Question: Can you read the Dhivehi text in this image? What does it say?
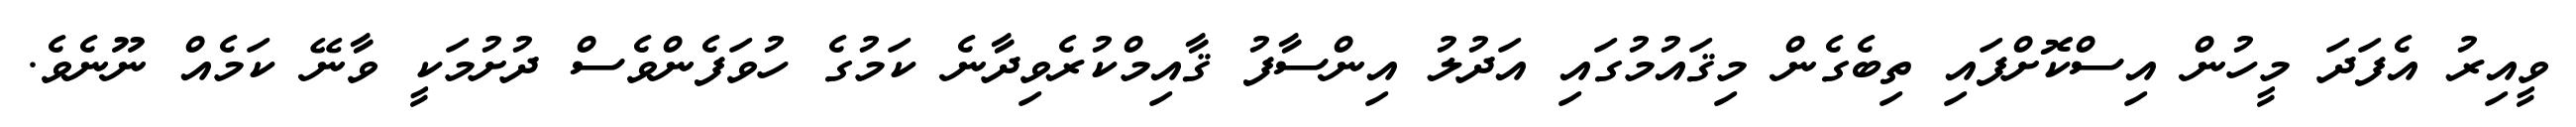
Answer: ވީއިރު އެފަދަ މީހުން އިސްކޮށްފައި ތިބެގެން މިޤައުމުގައި އަދުލު އިންސާފު ޤާއިމްކުރެވިދާނެ ކަމުގެ ހުވަފެންވެސް ދުށުމަކީ ވާނޭ ކަމެއް ނޫނެވެ.